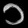
Digit: ၁